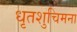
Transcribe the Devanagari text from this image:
धृतशुचिमना